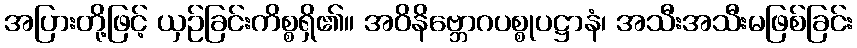
အပြားတို့ဖြင့် ယှဉ်ခြင်းကိစ္စရှိ၏။ အဝိနိဗ္ဘောဂပစ္စုပဋ္ဌာနံ၊ အသီးအသီးမဖြစ်ခြင်း